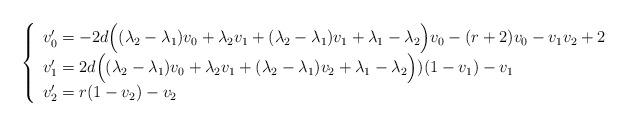
LaTeX: \begin{align*}\left\{\begin{array}{lll}v_0' = -2d \Big( (\lambda_2-\lambda_1)v_0 + \lambda_2 v_1 +(\lambda_2-\lambda_1)v_1 + \lambda_1-\lambda_2 \Big) v_0 - (r+2) v_0 - v_1 v_2 +2\\v_1' = 2d \Big( (\lambda_2-\lambda_1)v_0 + \lambda_2 v_1 + (\lambda_2-\lambda_1)v_2 + \lambda_1-\lambda_2 \Big) )(1-v_1) - v_1\\v_2'= r(1-v_2)-v_2\end{array}\right.\end{align*}